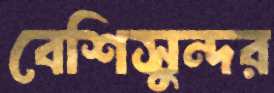
বেশিসুন্দর